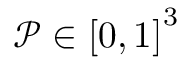
\mathcal { P } \in { [ 0 , 1 ] } ^ { 3 }